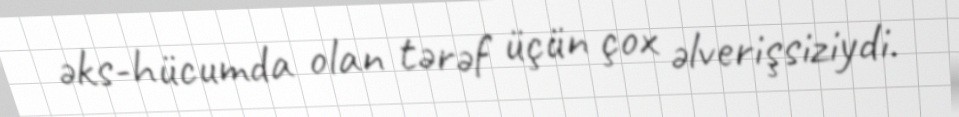
əks-hücumda olan tərəf üçün çox əlverişsiziydi.